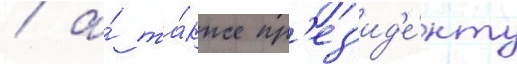
/ а́ та́кже пр'ез'ид'е́нту